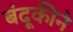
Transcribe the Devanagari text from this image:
बंदूकीने